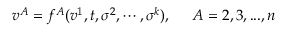
v ^ { A } = f ^ { A } ( v ^ { 1 } , t , \sigma ^ { 2 } , \cdots , \sigma ^ { k } ) , \; \; \; \; \; A = 2 , 3 , . . . , n